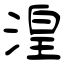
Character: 湟